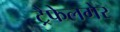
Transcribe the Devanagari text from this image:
ट्रैफेलगेर